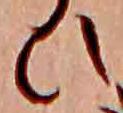
ひ